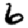
Digit: 6